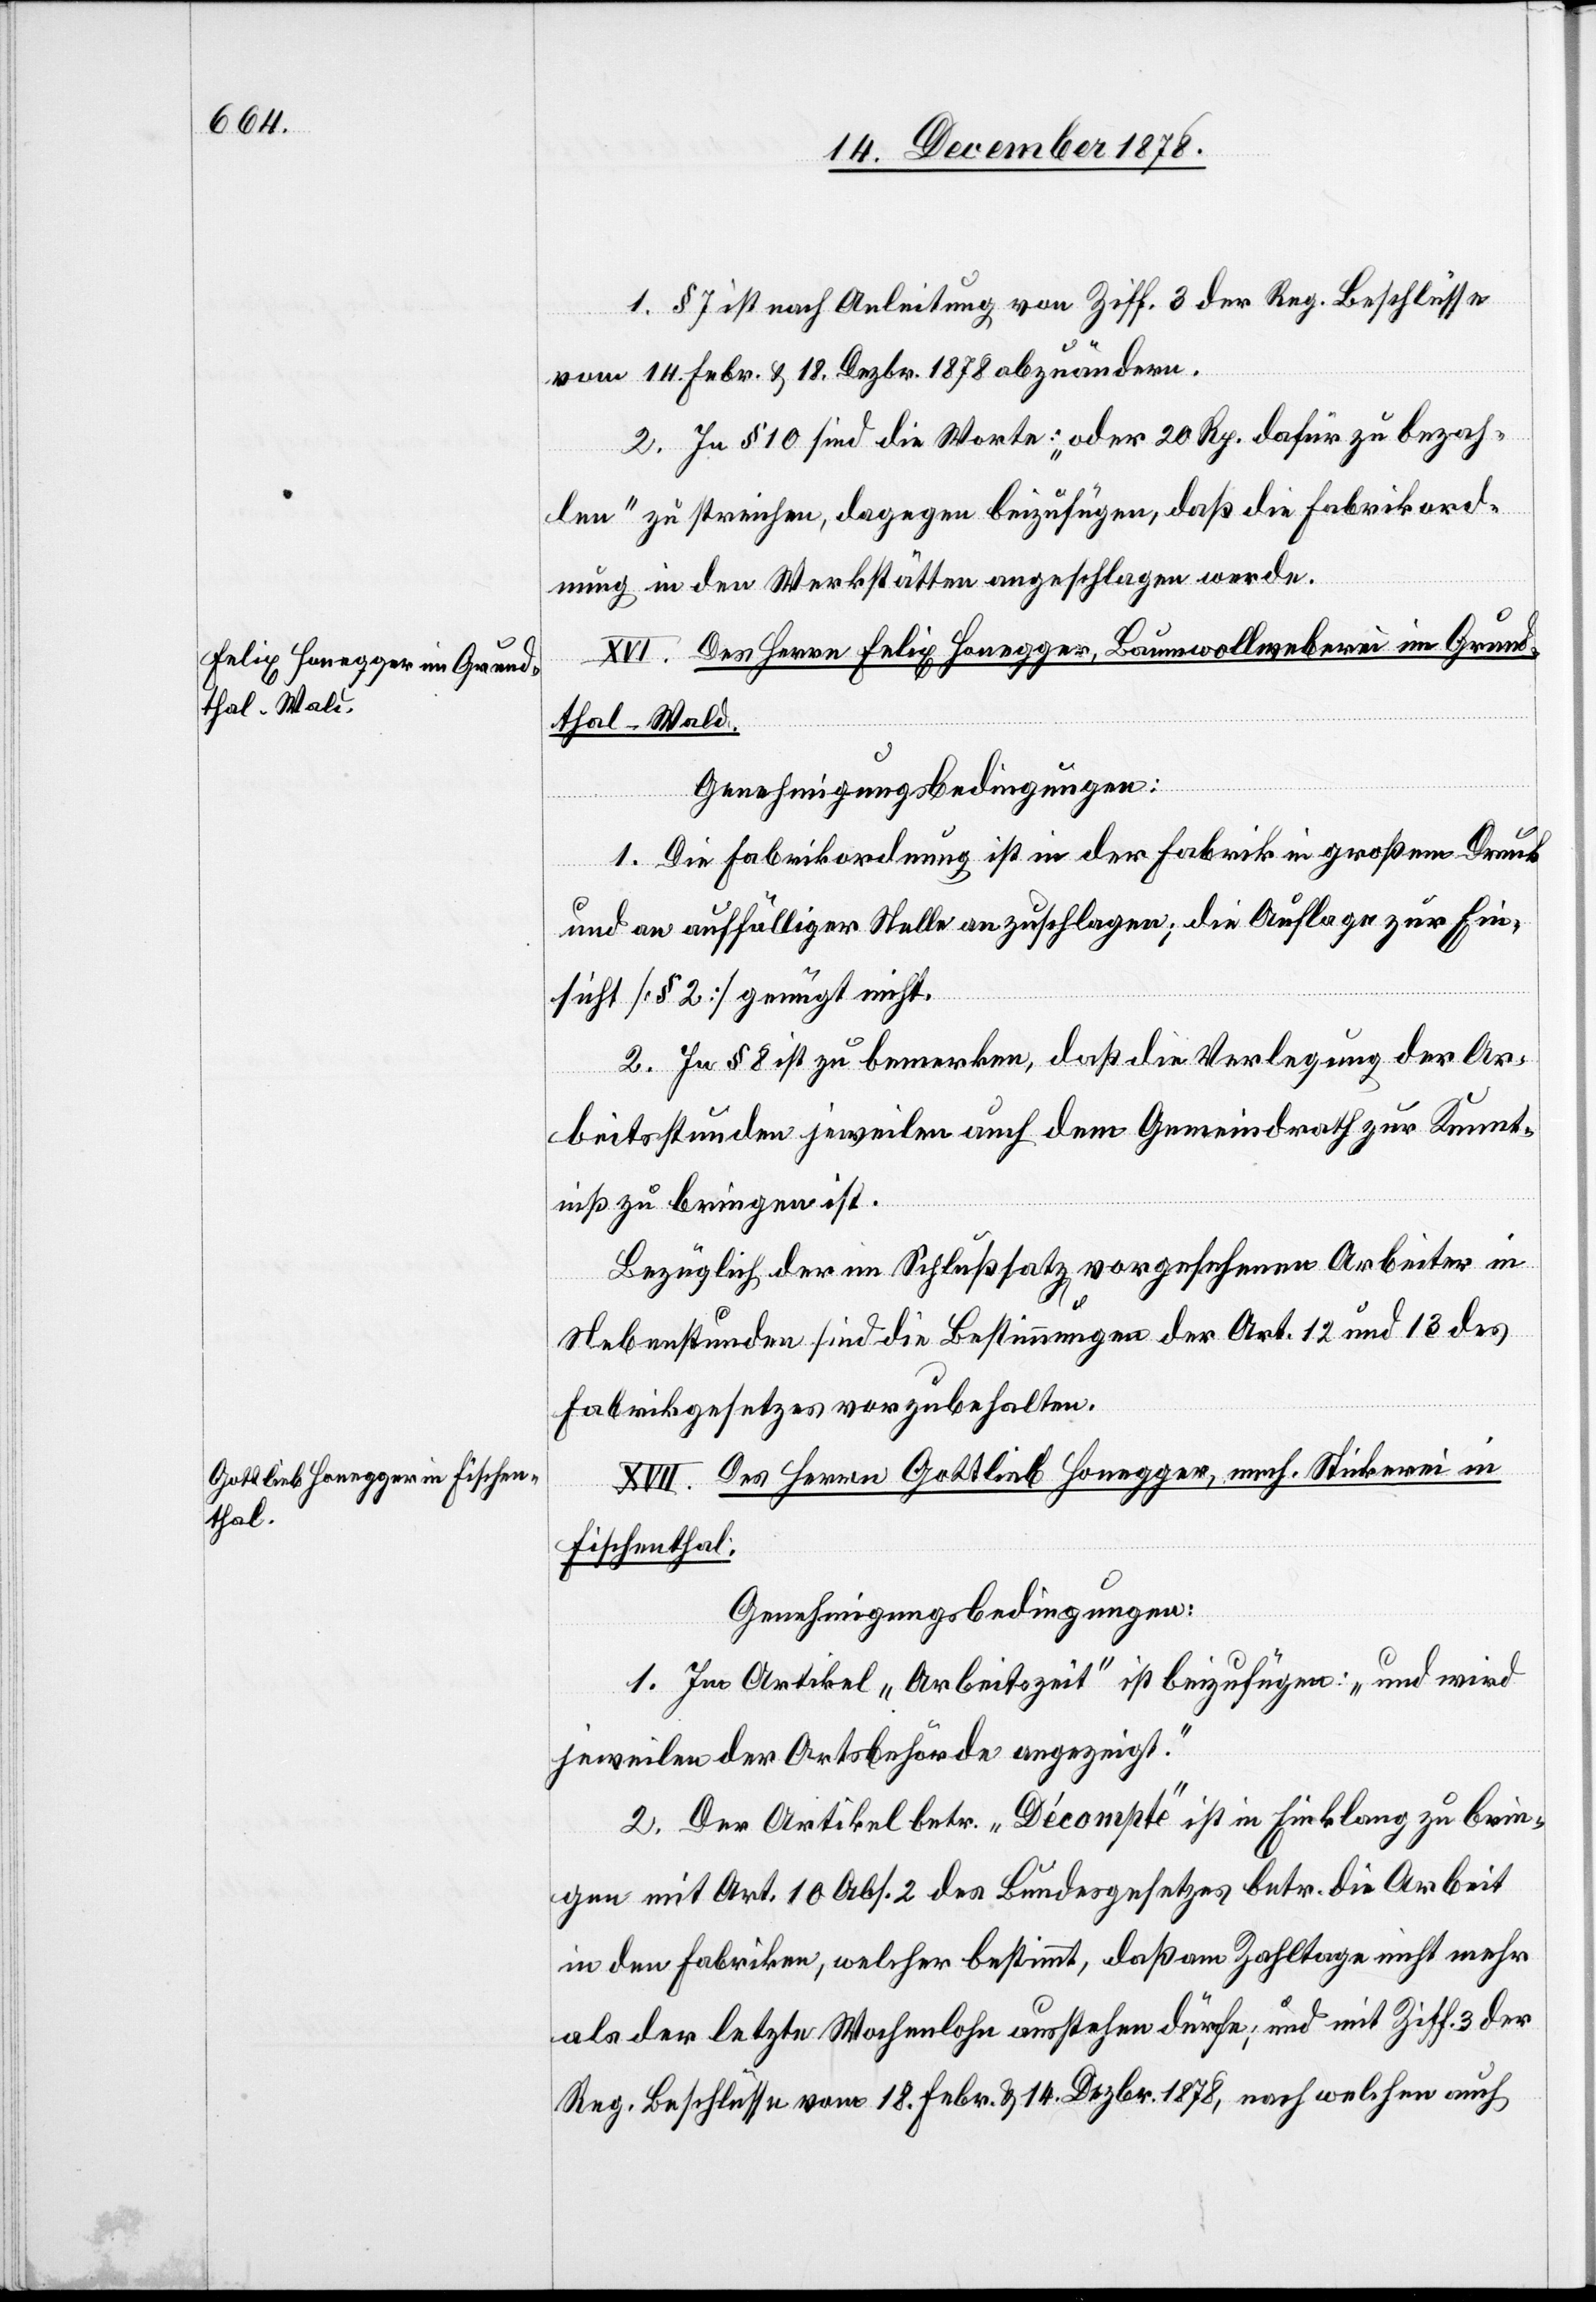
1. § 7 ist nach Anleitung von Ziff. 3 der Reg. Beschlüsse
vom 14. Febr. & 18. Dezbr. 1878 abzuändern.
2. In § 10 sind die Worte: „oder 20 Rp. dafür zu bezah¬
len“ zu streichen, dagegen beizufügen, daß die Fabrikord¬
nung in den Werkstätten angeschlagen werde.
XVI. Des Herrn Felix Honegger, Baumwollweberei im Grund¬
thal - Wald.
Genehmigungsbedingungen:
1. Die Fabrikordnung ist in der Fabrik in großem Druck
und an auffälliger Stelle anzuschlagen; die Auflage zur Ein¬
sicht [§ 2] genügt nicht.
2. In § 8 ist zu bemerken, daß die Verlegung der Ar¬
beitsstunden jeweilen auch dem Gemeindrath zur Kennt¬
niß zu bringen ist.
Bezüglich der im Schlußsatz vorgesehenen Arbeiter in
Nebenstunden sind die Bestimmungen der Art. 12 und 13 des
Fabrikgesetzes vorzubehalten.
XVII. Des Herrn Gottlieb Honegger, mech. Stickerei in
Fischenthal.
Genehmigungsbedingungen:
1. Im Artikel „Arbeitszeit“ ist beizufügen: „und wird
jeweilen der Ortsbehörde angezeigt.“
2. Der Artikel betr. „Décompte“ ist in Einklang zu brin¬
gen mit Art. 10 Abs. 2 des Bundesgesetzes betr. die Arbeit
in den Fabriken, welcher bestimmt, daß am Zahltage nicht mehr
als der letzte Wochenlohn ausstehen dürfe; und mit Ziff. 3 der
Reg. Beschlüsse vom 18. Febr. & 14. Dezbr. 1878, nach welchen auch